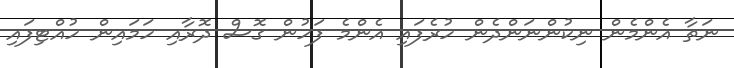
ނަތާ އެންމެން ނިކުންނަންދެން ހުރެފައި އެންމެ ފަހުން ގޮސް ދޮރާއި ހަމައިން ހުއްޓިފައި